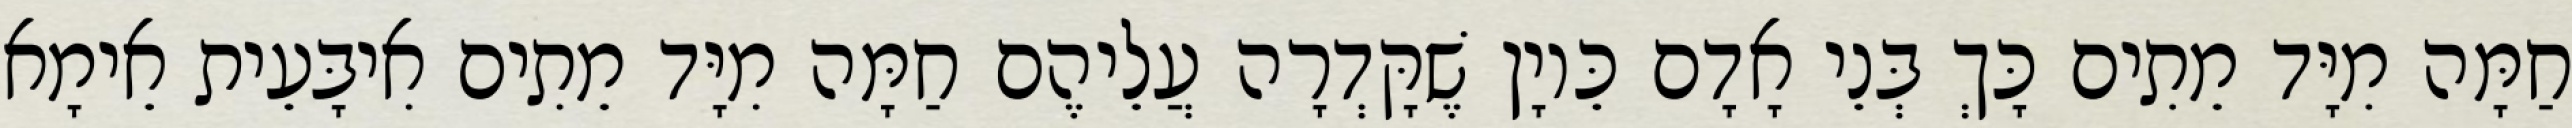
חַמָּה מִיָּד מֵתִים כָּךְ בְּנֵי אָדָם כֵּיוָן שֶׁקָּדְרָה עֲלֵיהֶם חַמָּה מִיָּד מֵתִים אִיבָּעֵית אֵימָא